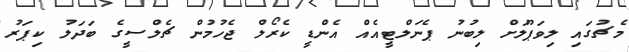
މެޗުގައި ލިވަޕޫލަށް ލިބުނު ޕެނަލްޓީއެއް އެންޑީ ކެރޯލް ޖެހުމުން ޗެލްސީގެ ބަދަލު ކިޕަރު